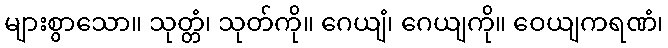
များစွာသော။ သုတ္တံ၊ သုတ်ကို။ ဂေယျံ၊ ဂေယျကို။ ဝေယျကရဏံ၊